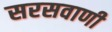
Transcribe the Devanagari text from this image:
सरसवाणी